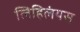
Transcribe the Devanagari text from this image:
लिहिलंयस